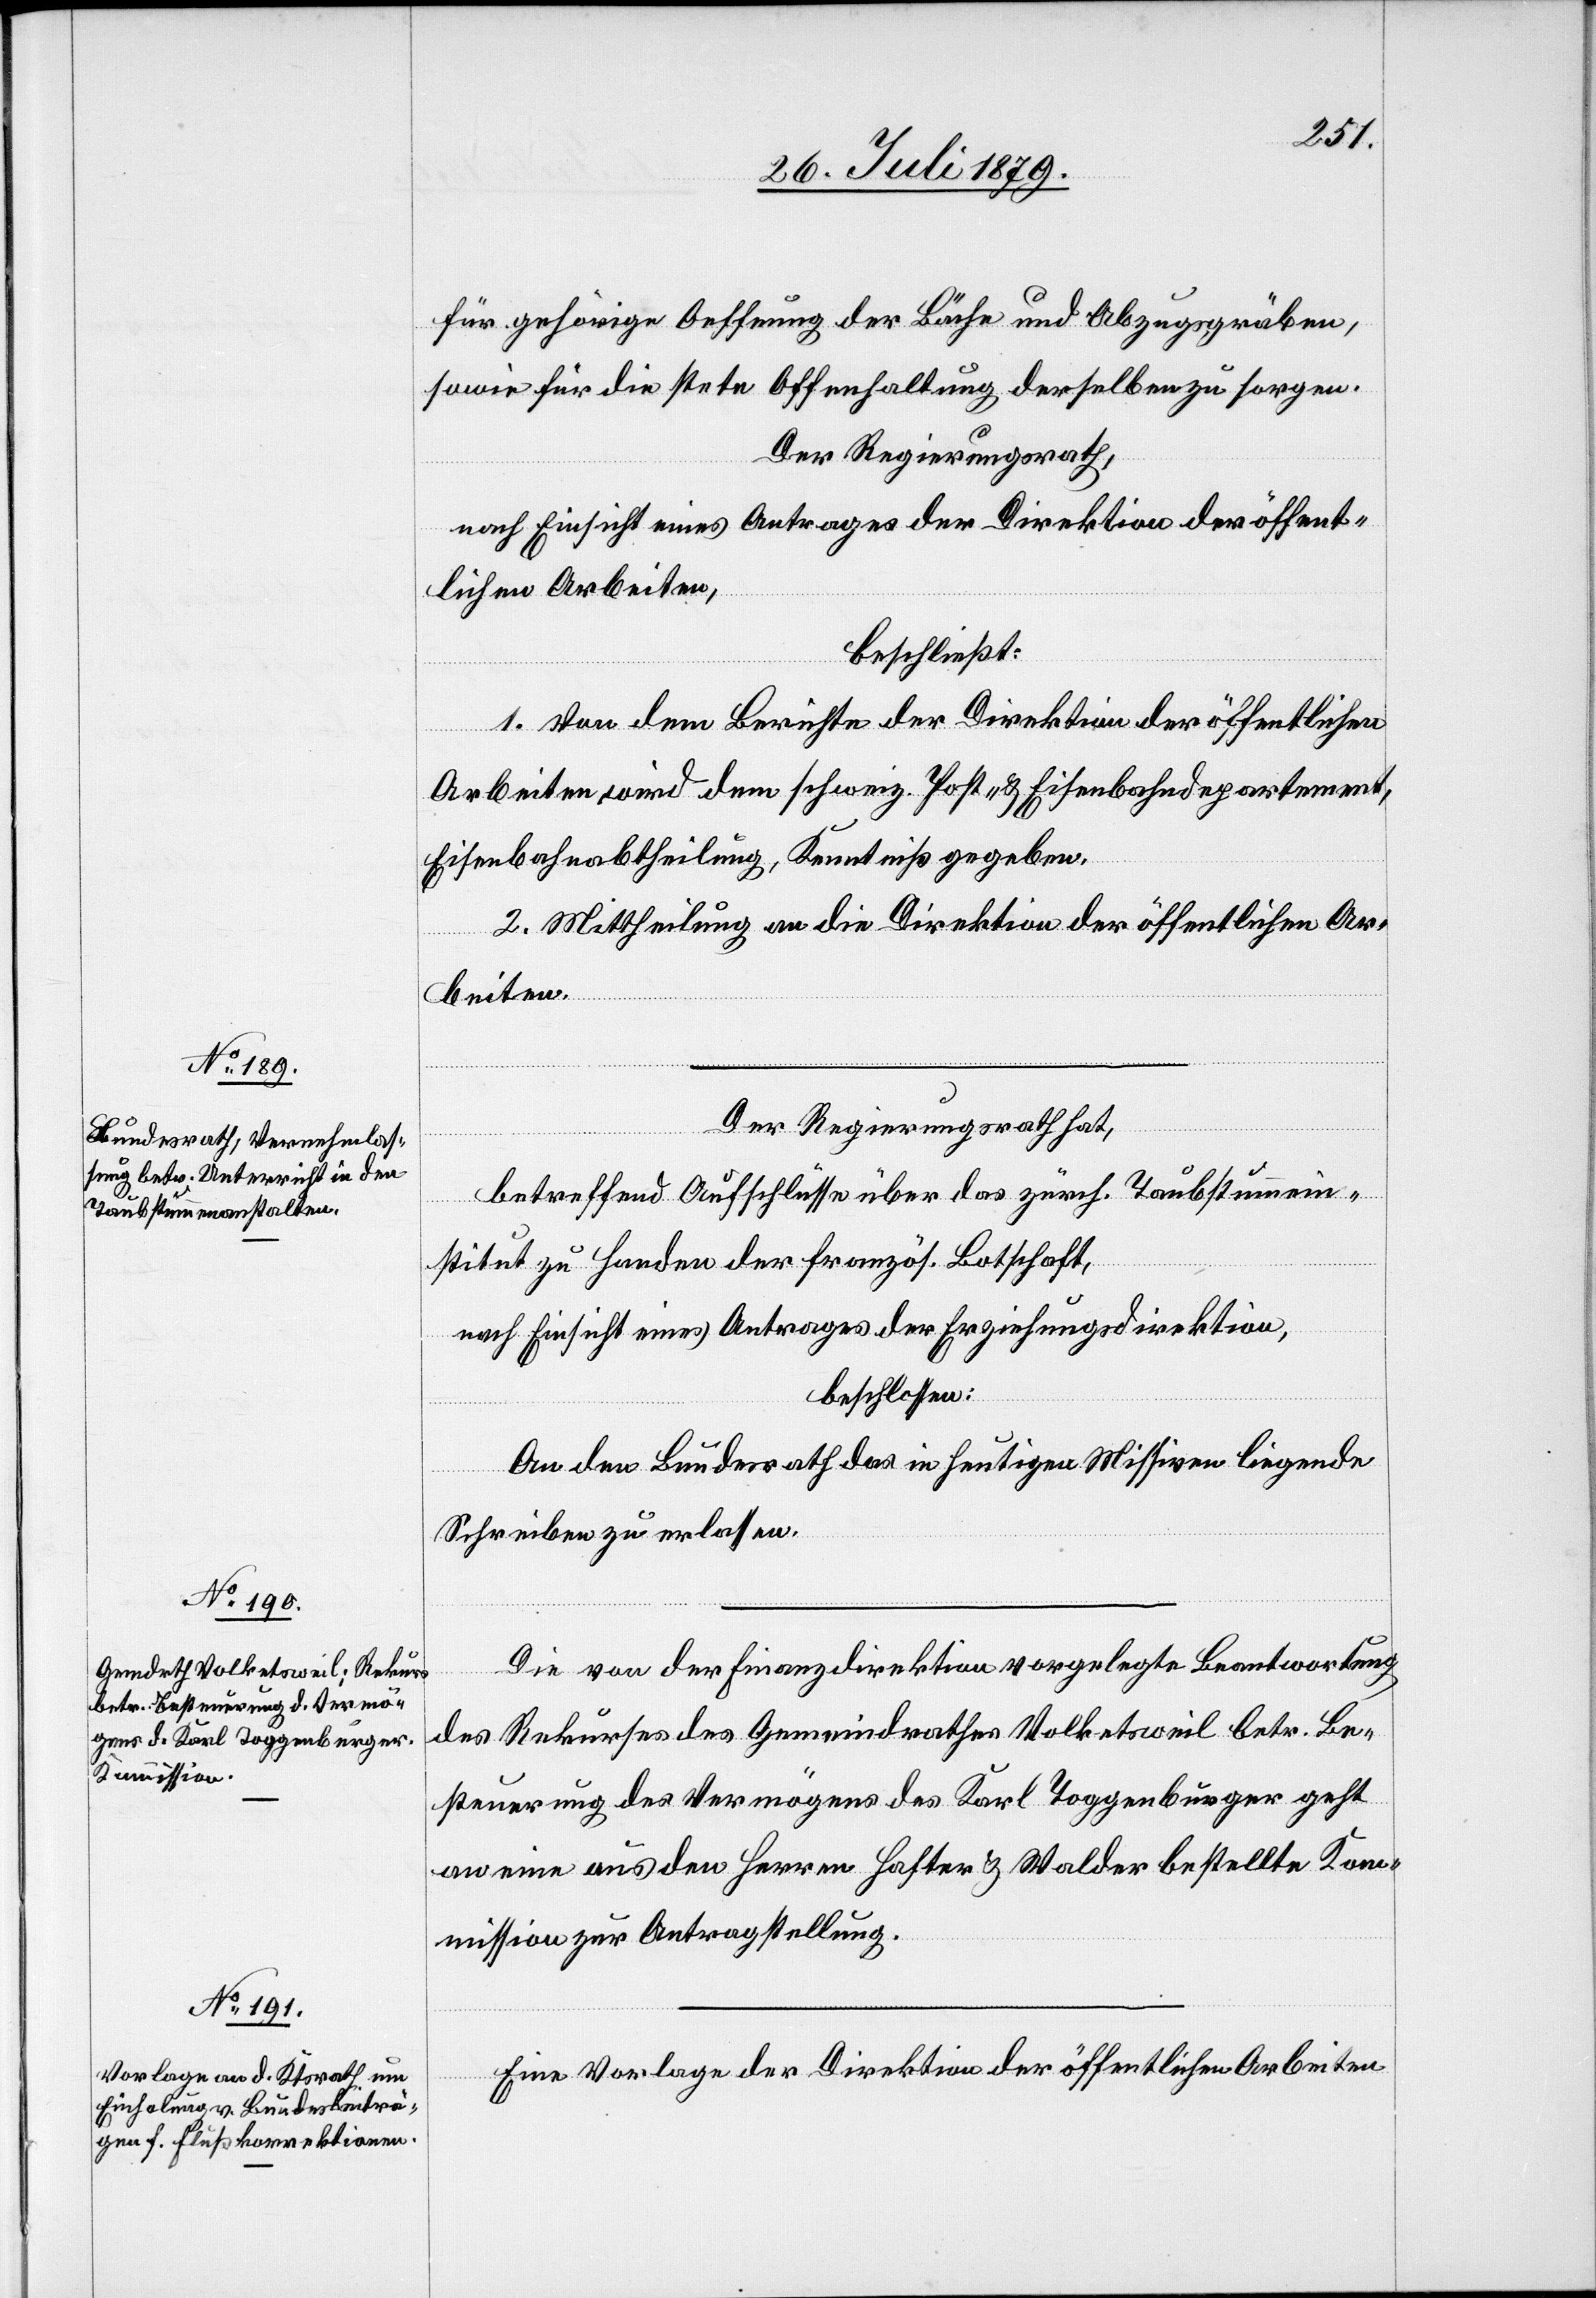
für gehörgie Oeffnung der Bäche und Abzugsgräben,
sowie für die stete Offenhaltung derselben zu sorgen.
Der Regierungsrath,
nach Einsicht eines Antrages der Direktion der öffent¬
lichen Arbeiten,
beschließt:
1. Von dem Berichte der Direktion der öffentlichen
Arbeiten wird dem schweiz. Post- & Eisenbahndepartement,
Eisenbahnabtheilung, Kenntniß gegeben.
2. Mittheilung an die Direktion der öffentlichen Ar¬
beiten.
Der Regierungsrath hat,
betreffend Aufschlüsse über das zürch. Taubstummen¬
institut zu Handen der französ. Botschaft,
nach Einsicht eines Antrages der Erziehungsdirektion,
beschlossen:
An den Bundesrath das in heutigen Missiven liegende
Schreiben zu erlassen.
Die von der Finanzdirektion vorgelegte Beantwortung
des Rekurses des Gemeindrathes Volketsweil betr. Be¬
steuerung des Vermögens des Karl Toggenburger geht
an eine aus den Herren Hafter & Walder bestellte Kom¬
mission zur Antragstellung.
Eine Vorlage der Direktion der öffentlichen Arbeiten